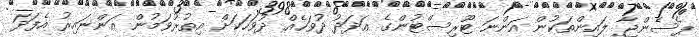
ޕެސެންޖާ ލައިންތަކުން އަންނަ ޓޫރިސްޓުންގެ އަދަދު ދުވަހެއް ދުވަހަކަށް އިތުރުވަމުން އަންނައިރު އެފަދަ